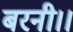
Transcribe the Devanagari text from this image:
बरनी।।